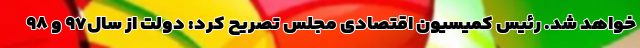
خواهد شد. رئیس کمیسیون اقتصادی مجلس تصریح کرد: دولت از سال٩٧ و ٩٨